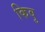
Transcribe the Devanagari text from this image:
किवु